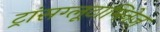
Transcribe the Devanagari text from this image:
ट्रांसग्लूटामिनेज़